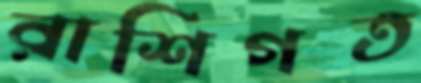
রাশিগত